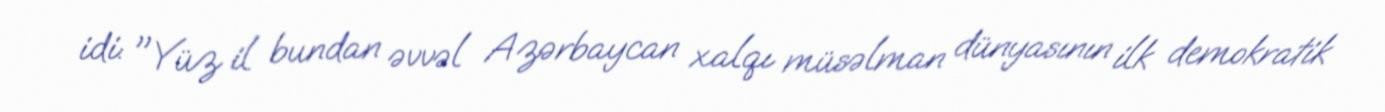
idi: "Yüz il bundan əvvəl Azərbaycan xalqı müsəlman dünyasının ilk demokratik